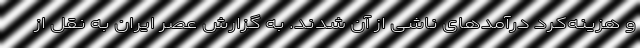
و هزینه‌کرد درآمدهای ناشی از آن شدند. به گزارش عصر ایران به نقل از